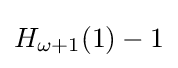
H_{\omega +1}(1)-1